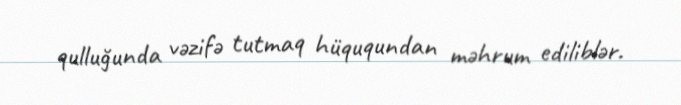
qulluğunda vəzifə tutmaq hüququndan məhrum ediliblər.